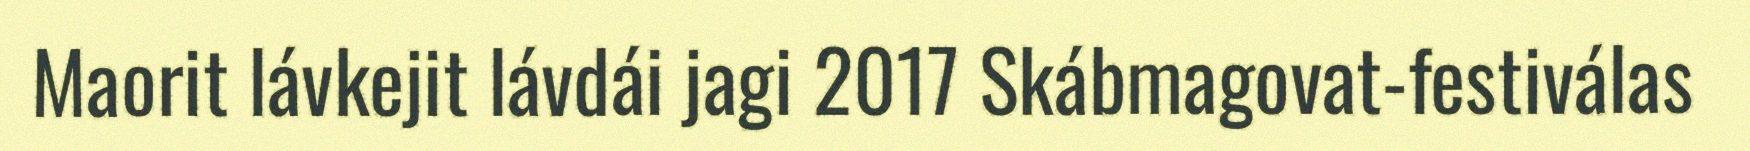
Maorit lávkejit lávdái jagi 2017 Skábmagovat-festiválas